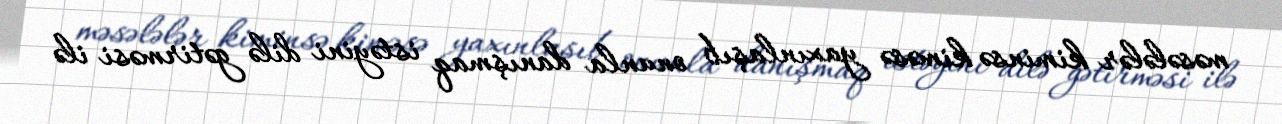
məsələlər kiminsə kiməsə yaxınlaşıb onunla danışmaq istəyini dilə gətirməsi ilə